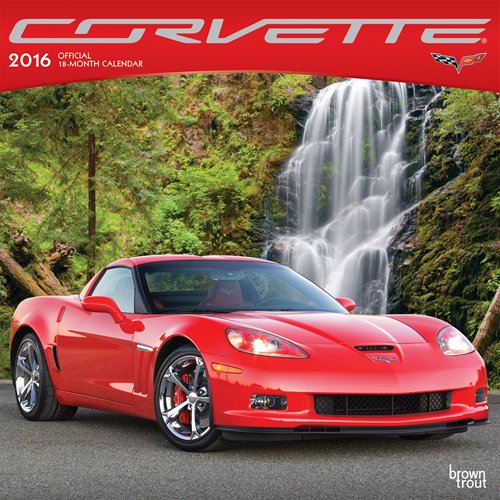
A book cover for Corvette 2016 Square 12x12 (ST-Silver Foil); Browntrout Publishers; Calendars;